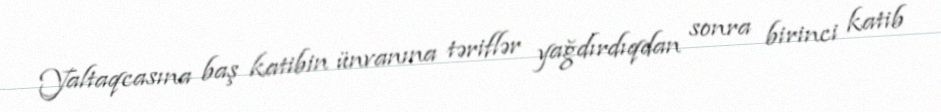
Yaltaqcasına baş katibin ünvanına təriflər yağdırdıqdan sonra birinci katib